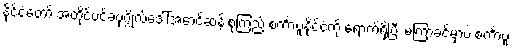
နိုင်ငံတော် အတိုင်ပင်ခံပုဂ္ဂိုလ်ဒေါ်အောင်ဆန်းစုကြည် စင်္ကာပူနိုင်ငံကို ရောက်ရှိပြီး မကြာခင်မှာပဲ စင်္ကာပူ